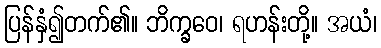
ပြန်နှံ၍တက်၏။ ဘိက္ခဝေ၊ ရဟန်းတို့။ အယံ၊